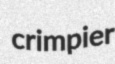
crimpier